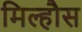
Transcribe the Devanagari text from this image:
मिल्हौस